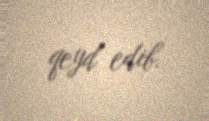
qeyd edib.